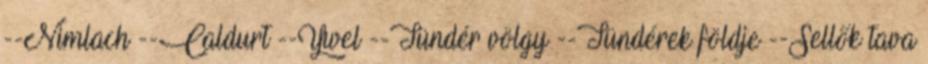
--Nimlach --Caldurt --Ywel --Tündér völgy --Tündérek földje --Sellők tava